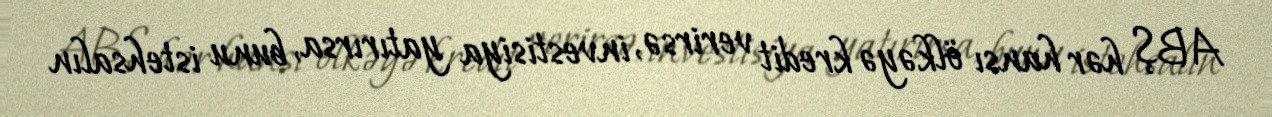
ABŞ hər hansı ölkəyə kredit verirsə, investisiya yatırırsa, bunu istehsalın